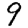
Digit: 9